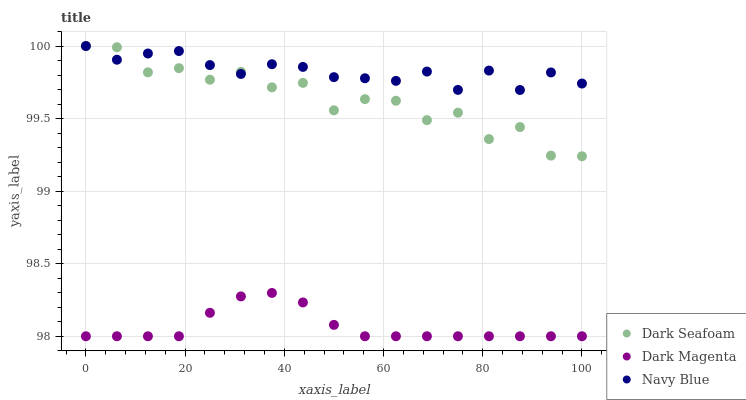
| xaxis_label | Dark Seafoam | Dark Magenta | Navy Blue |
 | --- | --- | --- | --- |
 | 0 | 100 | 98 | 100 |
 | 6.25 | 100 | 98 | 99.9 |
 | 12.5 | 99.8 | 98 | 99.9 |
 | 18.8 | 99.8 | 98 | 100 |
 | 25 | 99.8 | 98.2 | 99.9 |
 | 31.2 | 99.8 | 98.3 | 99.8 |
 | 37.5 | 99.7 | 98.3 | 99.9 |
 | 43.8 | 99.7 | 98.2 | 99.9 |
 | 50 | 99.6 | 98.1 | 99.8 |
 | 56.2 | 99.6 | 98 | 99.8 |
 | 62.5 | 99.6 | 98 | 99.8 |
 | 68.8 | 99.5 | 98 | 99.8 |
 | 75 | 99.5 | 98 | 99.7 |
 | 81.2 | 99.4 | 98 | 99.8 |
 | 87.5 | 99.4 | 98 | 99.7 |
 | 93.8 | 99.2 | 98 | 99.8 |
 | 100 | 99.2 | 98 | 99.7 |